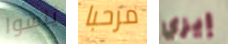
ينسوا مرحبا إيزي